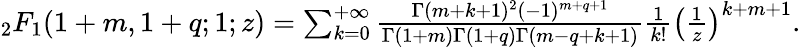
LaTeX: \begin{array}{r}{{_2F_{1}}(1+m,1+q;1;z)=\sum_{k=0}^{+\infty}\frac{\Gamma(m+k+1)^{2}(-1)^{m+q+1}}{\Gamma(1+m)\Gamma(1+q)\Gamma(m-q+k+1)}\frac{1}{k!}\big(\frac{1}{z}\big)^{k+m+1}.}\end{array}